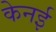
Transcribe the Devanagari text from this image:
केनई